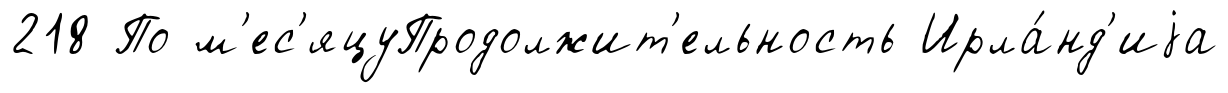
218 По м'ес'яцуПродолжит'ельность Ирла́нд'иjа